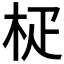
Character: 𣐌